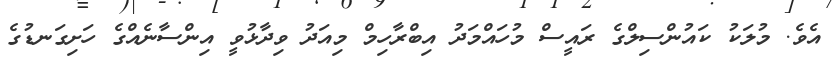
އެވެ. މުލަކު ކައުންސިލްގެ ރައީސް މުހައްމަދު އިބްރާހިމް މިއަދު ވިދާޅުވީ އިންސާނެއްގެ ހަށިގަނޑުގެ